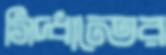
সিদ্ধান্তের